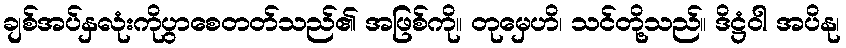
ချစ်အပ်နှလုံးကိုပွာစေတတ်သည်၏ အဖြစ်ကို။ တုမှေဟိ၊ သင်တို့သည်။ ဒိဋ္ဌံဝါ အပိနု၊